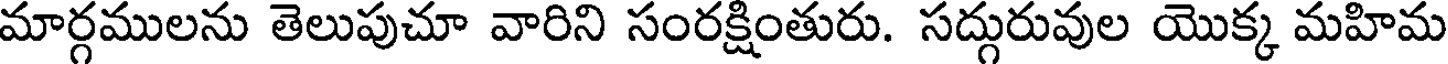
మార్గములను తెలుపుచూ వారిని సంరక్షింతురు. సద్గురువుల యొక్క మహిమ